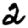
Digit: 2